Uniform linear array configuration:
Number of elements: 16
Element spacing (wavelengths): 0.75
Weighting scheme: binomial
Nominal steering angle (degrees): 0
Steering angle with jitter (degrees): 0.8936
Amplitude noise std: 0.05
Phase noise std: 0.05

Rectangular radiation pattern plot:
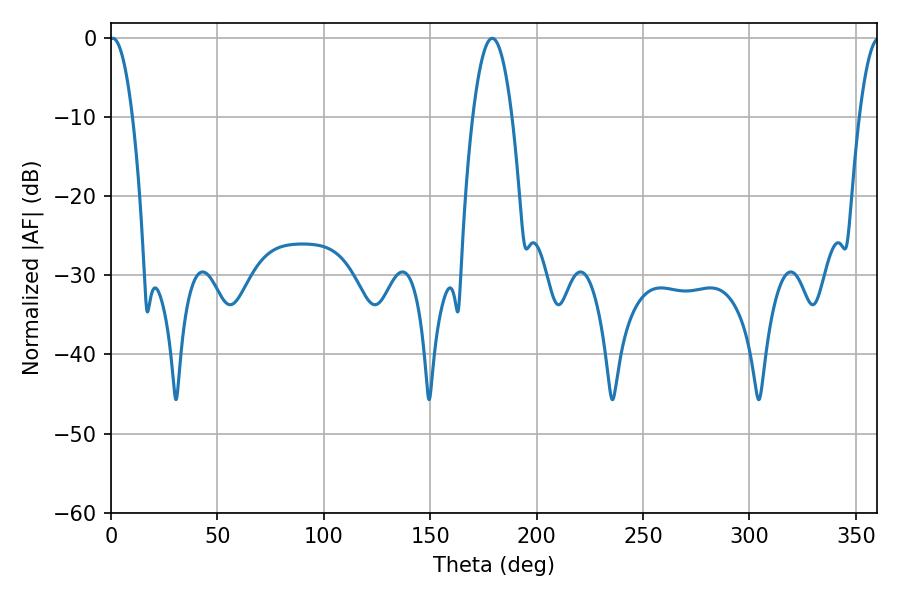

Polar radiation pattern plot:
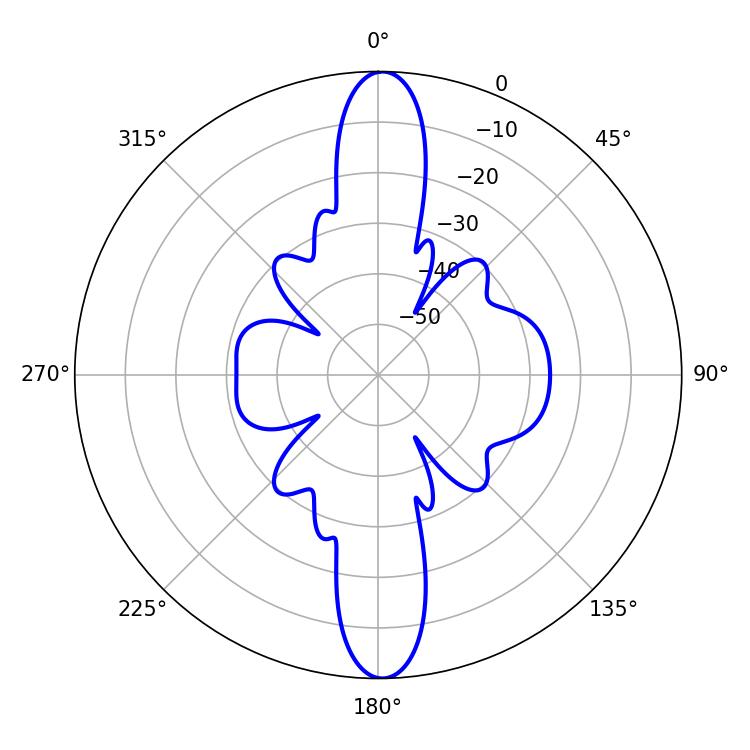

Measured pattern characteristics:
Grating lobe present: TRUE
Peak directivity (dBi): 24.799
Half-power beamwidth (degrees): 5.94
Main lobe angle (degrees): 0.9